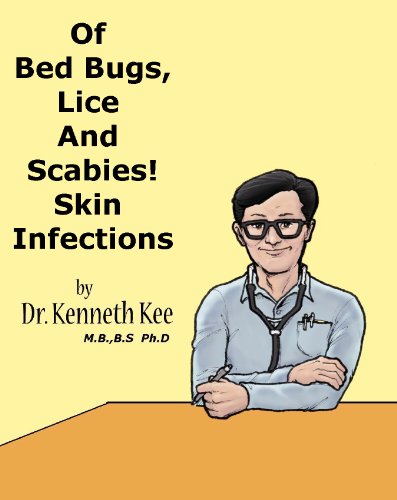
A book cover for Of Bed Bugs, Lice And Scabies! Skin Infections. (A Simple Guide to Medical Conditions); Kenneth Kee; Health, Fitness & Dieting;